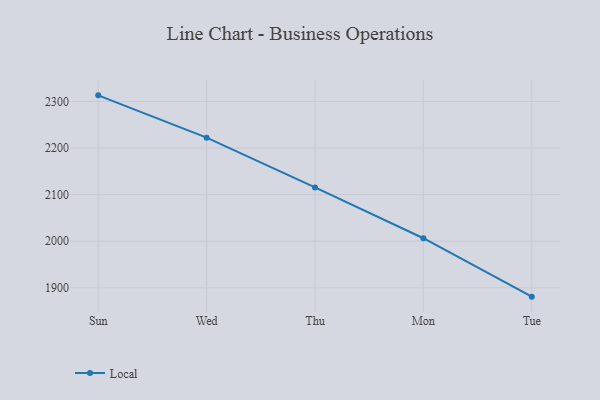
{"axis": {"x": "Day", "y": "Satisfaction Score"}, "legend": ["Local"], "data": [{"x": "Sun", "y": 2313.1, "type": "Local"}, {"x": "Wed", "y": 2222.2, "type": "Local"}, {"x": "Thu", "y": 2115.5, "type": "Local"}, {"x": "Mon", "y": 2006.3, "type": "Local"}, {"x": "Tue", "y": 1880.9, "type": "Local"}]}